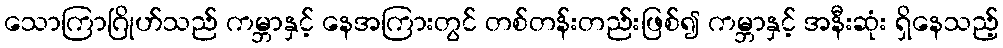
သောကြာဂြိုဟ်သည် ကမ္ဘာနှင့် နေအကြားတွင် တစ်တန်းတည်းဖြစ်၍ ကမ္ဘာနှင့် အနီးဆုံး ရှိနေသည့်